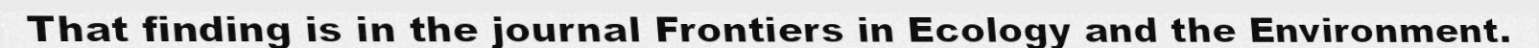
That finding is in the journal Frontiers in Ecology and the Environment.